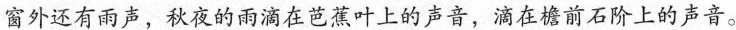
窗外还有雨声，秋夜的雨滴在芭蕉叶上的声音，滴在檐前石阶上的声音。